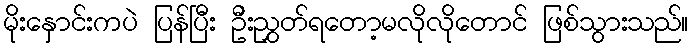
မိုးနှောင်းကပဲ ပြန်ပြီး ဦးညွှတ်ရတော့မလိုလိုတောင် ဖြစ်သွားသည်။